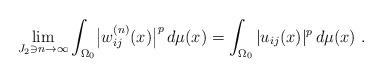
LaTeX: \begin{align*}\lim_{J_2\ni n\to\infty}\int_{\Omega_0}\bigl|w_{ij}^{(n)}(x)\bigr|^p\,d\mu(x)=\int_{\Omega_0}|u_{ij}(x)|^p\,d\mu(x) \ .\end{align*}